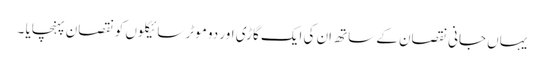
یہاں جانی نقصان کے ساتھ اِن کی ایک گاڑی اور دو موٹر سائیکلوں کو نقصان پہنچایا ۔